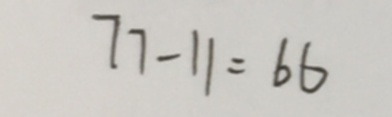
7 7 - 1 1 = 6 6